Sanitation, dispensaries and jails vaccination Rajputana 1922-1927 - 1922-1927
Year: 1922
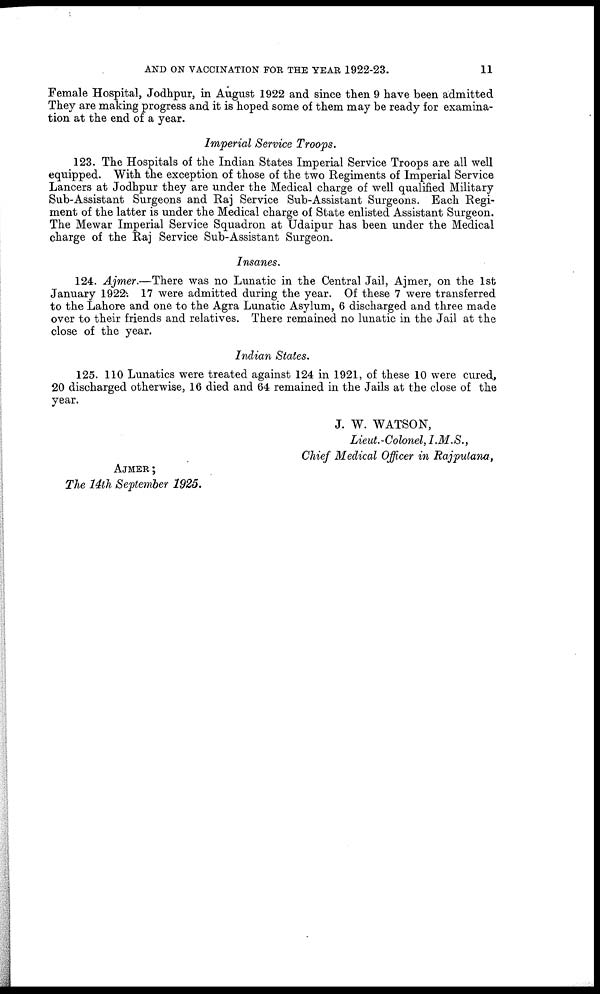
AND ON VACCINATION FOR THE YEAR 1922-23.
11
Female Hospital, Jodhpur, in August 1922 and since then 9 have been admitted
They are making progress and it is hoped some of them may be ready for examina-
tion at the end of a year.
Imperial Service Troops.
123. The Hospitals of the Indian States Imperial Service Troops are all well
equipped. With the exception of those of the two Regiments of Imperial Service
Lancers at Jodhpur they are under the Medical charge of well qualified Military
Sub-Assistant Surgeons and Raj Service Sub-Assistant Surgeons. Each Regi-
ment of the latter is under the Medical charge of State enlisted Assistant Surgeon.
The Mewar Imperial Service Squadron at Udaipur has been under the Medical
charge of the Raj Service Sub-Assistant Surgeon.
Insanes.
124. Ajmer.—There was no Lunatic in the Central Jail, Ajmer, on the 1st
January 1922. 17 were admitted during the year. Of these 7 were transferred
to the Lahore and one to the Agra Lunatic Asylum, 6 discharged and three made
over to their friends and relatives. There remained no lunatic in the Jail at the
close of the year.
Indian States.
125. 110 Lunatics were treated against 124 in 1921, of these 10 were cured,
20 discharged otherwise, 16 died and 64 remained in the Jails at the close of the
year.
J. W. WATSON,
Lieut.-Colonel, I.M.S.,
Chief Medical Officer in Rajputana,
AJMER ;
The 14th September 1925.